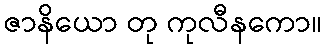
ဇာနိယော တု ကုလီနကော။